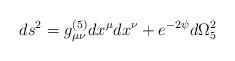
LaTeX: \begin{align*}ds^2=g^{(5)}_{\mu \nu}dx^{\mu}dx^{\nu}+e^{-2\psi}d\Omega^2_5\end{align*}